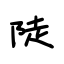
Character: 陡